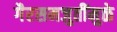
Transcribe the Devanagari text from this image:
गैरसमजुतींमुळे